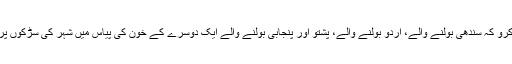
فرض کرو کہ سندھی بولنے والے، اردو بولنے والے، پشتو اور پنجابی بولنے والے ایک دوسرے کے خون کی پیاس میں شہر کی سڑکوں پر آدم بوُ۔